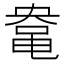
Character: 𱌀